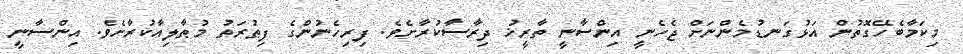
މިކަމާބެހޭގޮތުން އަޅުގަނޑުމެންނަށް ޖެހެނީ އިންސާނީ ތާރީޚު ދިރާސާކުރާށެވެ. ފިރިހެނުންގެ ފިޠުރަތު މުޠާލިއާކުރާށެވެ. އިންސާނީ